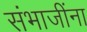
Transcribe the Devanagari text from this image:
संभाजींना